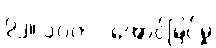
၇၂။ ၁၀၀% အောင်မြင်မှု